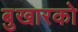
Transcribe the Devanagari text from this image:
बुखारको